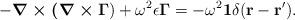
LaTeX: \begin{align*}-\mbox{\boldmath{$\nabla\times(\nabla\times\Gamma$}})+\omega^2\epsilon\mbox{\boldmath{$\Gamma$}}=-\omega^2\mbox{\boldmath{$1$}}\delta({\bf r-r'}).\end{align*}